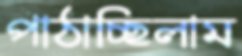
পাঠাচ্ছিলাম